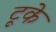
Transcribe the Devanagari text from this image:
टूके